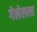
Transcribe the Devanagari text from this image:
गेलेलला